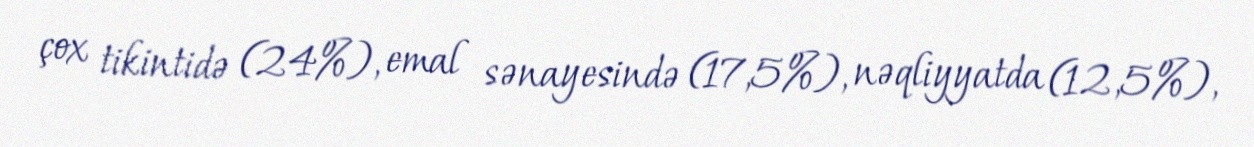
çox tikintidə (24%), emal sənayesində (17,5%), nəqliyyatda (12,5%),